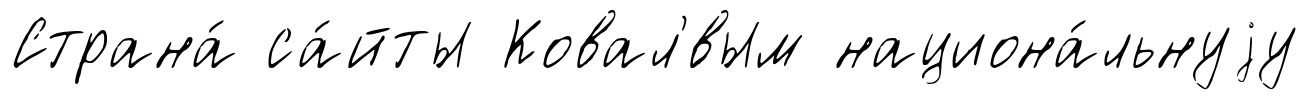
Страна́ са́йты Ковал'́вым национа́льнуjу